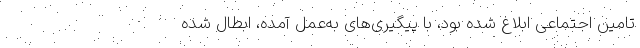
تامین اجتماعی ابلاغ شده بود، با پیگیری‌های به‌عمل آمده، ابطال شده